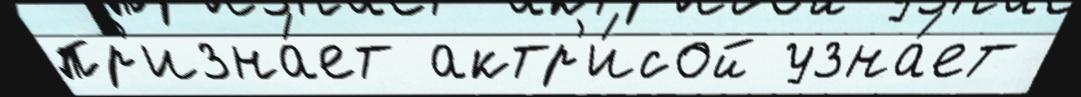
пр'изна́ет актр'и́сой узна́ет